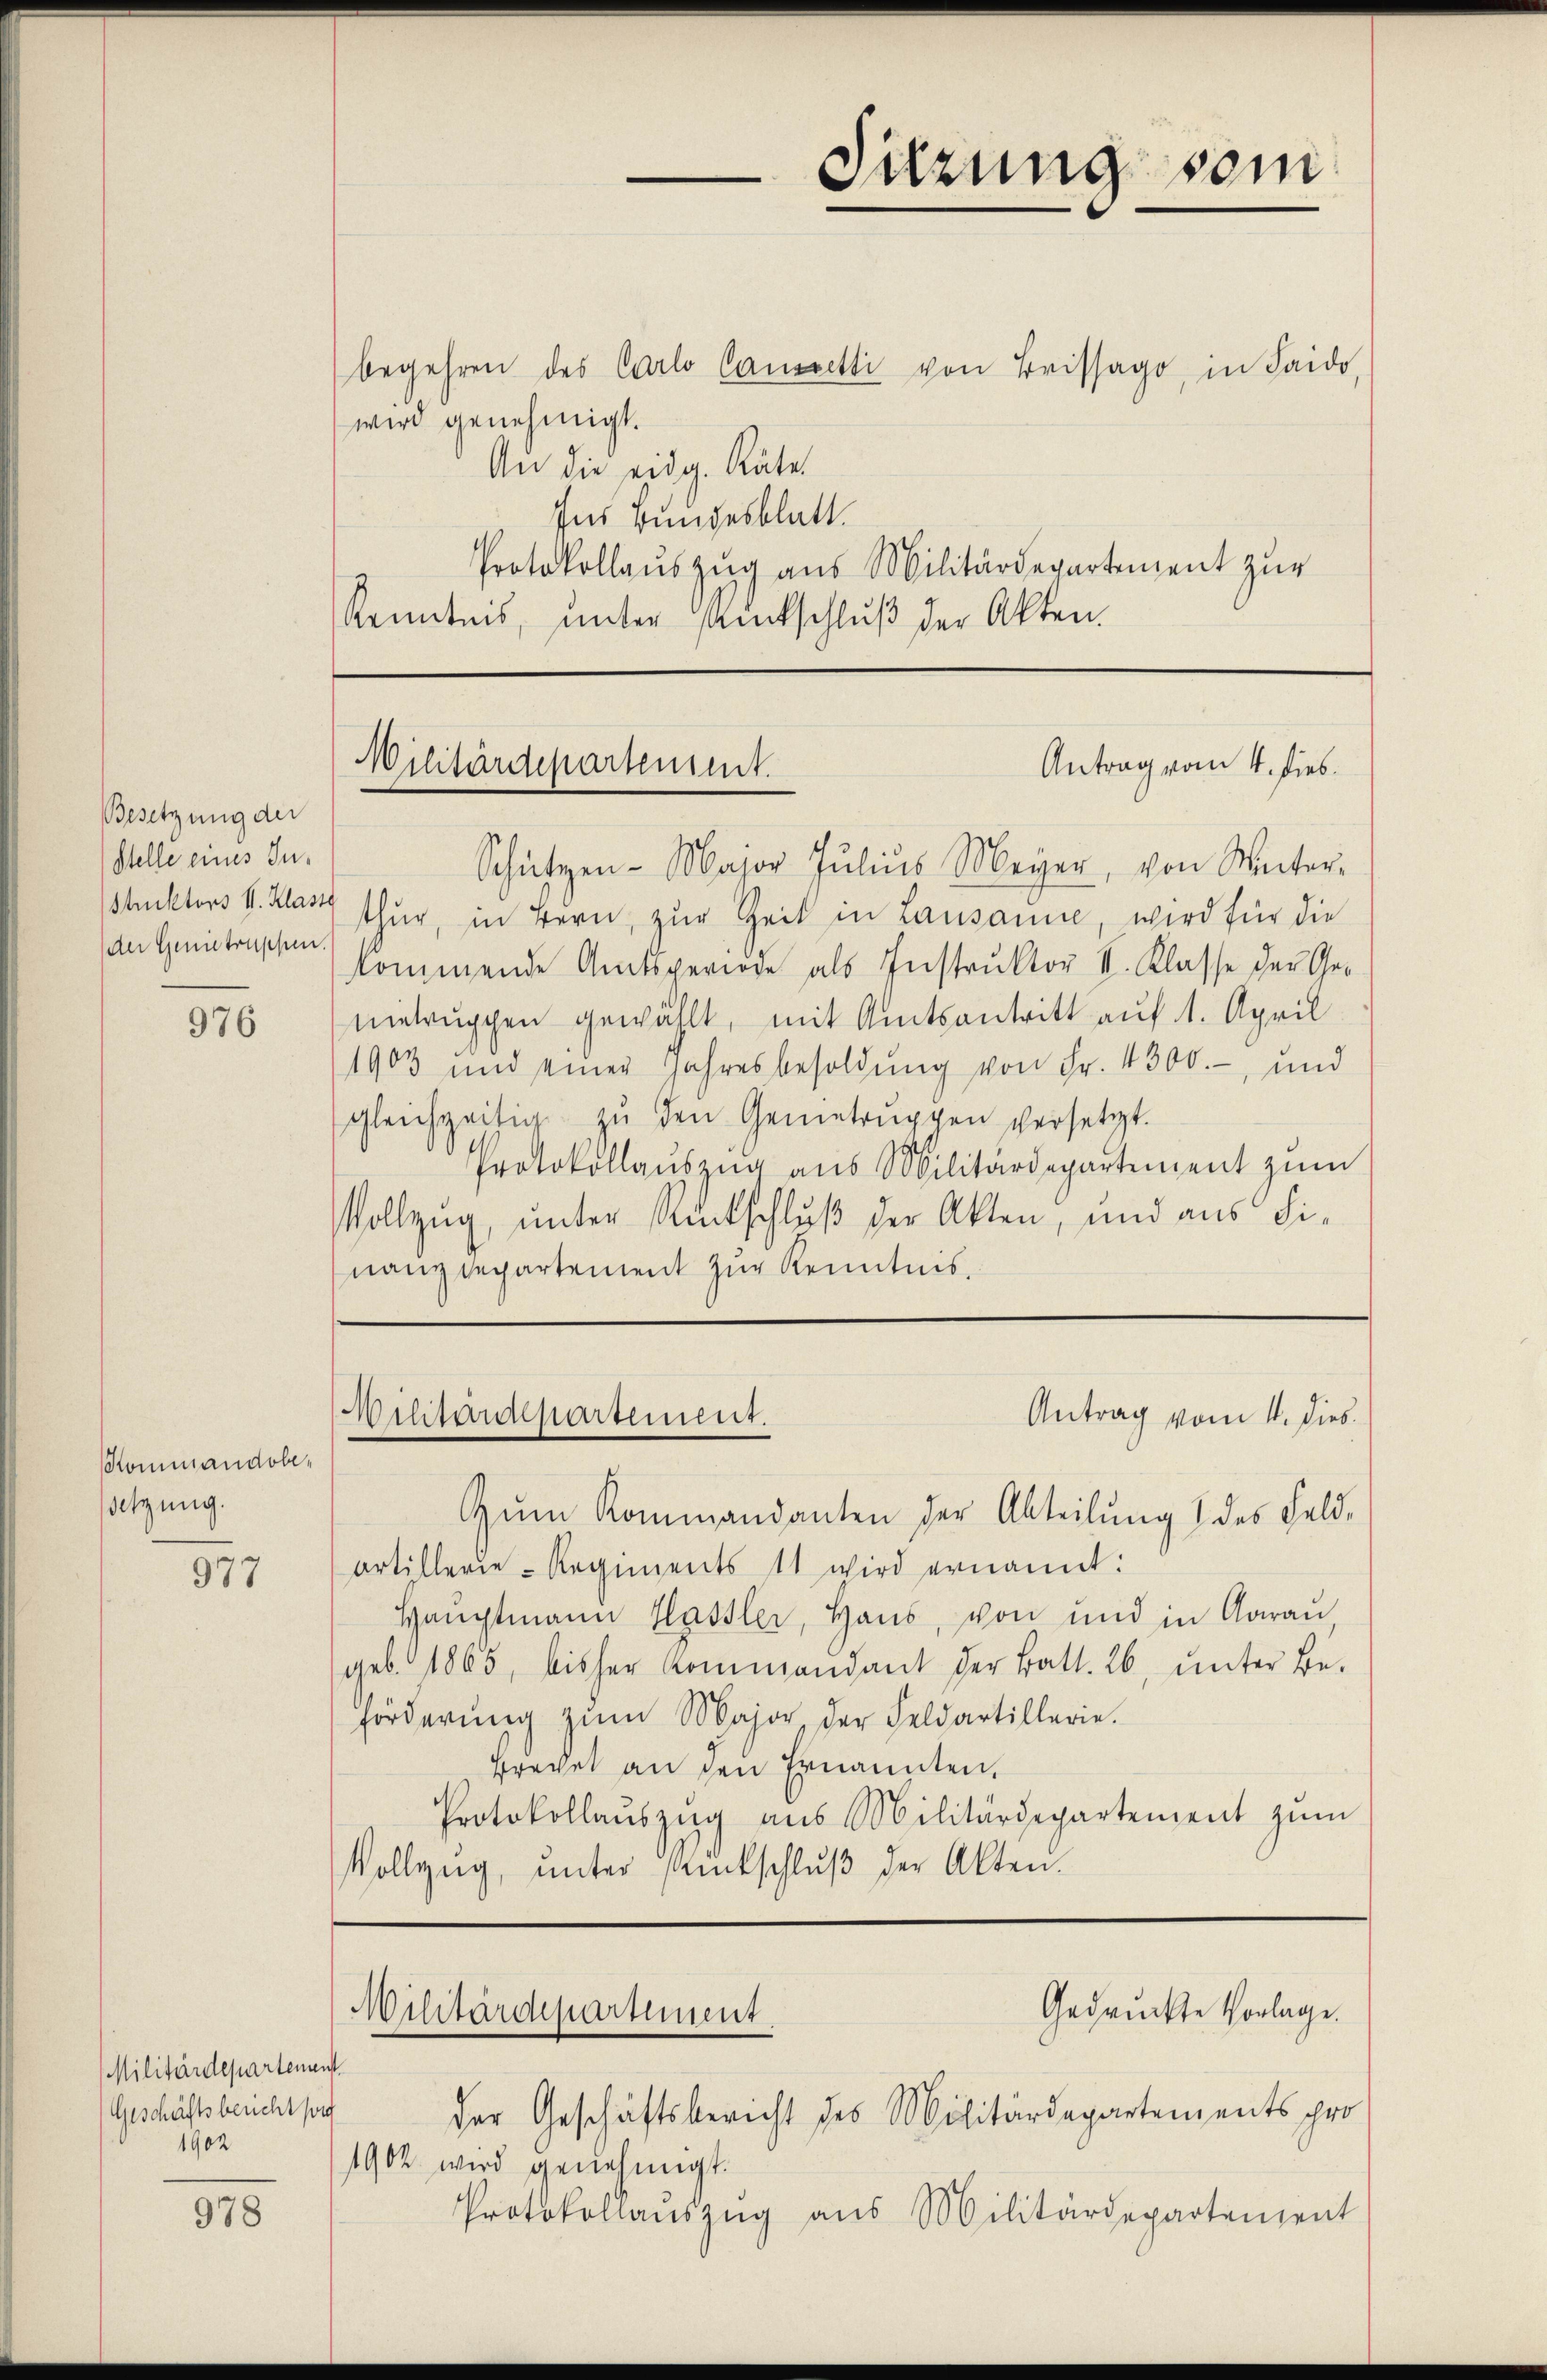
Besetzung der
Stelle eines In¬
(der Genietruppen.

976

Kommandobesatzung.

977

Militärdepartenanst
Geschäftsbericht sorg
1902

978

begehren des Carlo Cancetti von Brissago, in Saido,
wird genehmigt.
An die eidg. Räte
Ins Bundesblatt.
Protokollauszug aus Militärdepartement zur
Kenntnis, unter Amtschlŭβ der Akten.

Militärdepartement.
Antrag vom 4. dies

Wilitanspartement.

Sitzung vom

Antrag vom 4. dies

Gedruckte Vorlage.
Militärdepartement.

Schützen-Major Jŭliŭs Meyer, von Winter-
Stuktors II. Klast thur, in Bern, zur Zeit in Lausanne, wird für die
kommende Amtsperiode als Instruktor II. Klasse der Genietruppen gewählt, mit Amtsantritt auf 1. April
1903 und einer Jahresbesoldŭng von Fr. 4300.- und
gleichzeitig zŭ den Gemetrŭppen versetzt.
Protokollauszug aus Militärdepartement zum
Vollzug, unter Rückschluß der Akten, und aus Fi-
nanzdepartement zur Kenntnis.

Zum Kommandanten der Abteilung 1 des Feldartillerie-Regiments 11 wird ernannt:
Hauptmann Hassler, Haus, von und in Aarau
geb. 1865, bisher Kommandant der Batt. 26, ŭnter Be-
förderŭng zŭm Major der Feldartillerie.
Brechet an den Ernannten.
Protokollaŭszŭg aus Militärdepartement zŭm
Vollzŭg, ŭnter Rückschlŭβ der Akten.

der Geschäftsbericht des Militärdepartements pro
1902 wird genehmigt.
Protokollaŭszŭg aŭs Militärdepartement